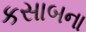
કસાબના